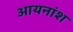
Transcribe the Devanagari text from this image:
आयनांश